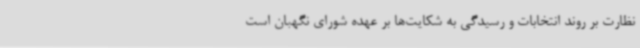
نظارت بر روند انتخابات و رسیدگی به شکایت‌ها بر عهده شورای نگهبان است